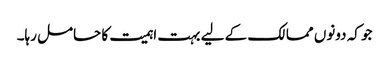
جو کہ دونوں ممالک کے لیے بہت اہمیت کا حامل رہا۔